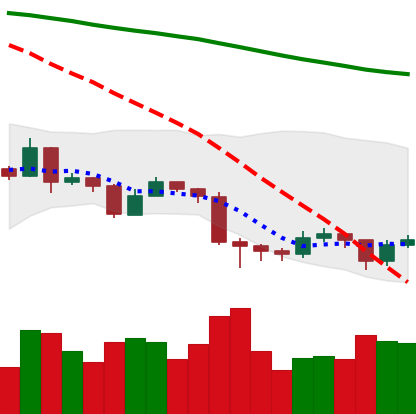
Ticker: EOS-USD
Chart end date: 2019-08-23
Forward return: -10.663%
Label: down_7plus